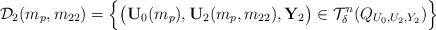
LaTeX: \begin{align*}\mathcal{D}_2(m_p,m_{22})=\Big\{\big(\mathbf{U}_0(m_p),\mathbf{U}_2(m_p,m_{22}),\mathbf{Y}_2\big)\in\mathcal{T}_\delta^{n}(Q_{U_0,U_2,Y_2})\Big\}\end{align*}